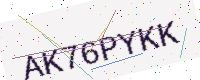
Text: AK76PYKK